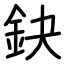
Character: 鈌